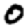
Digit: 0